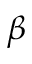
\beta